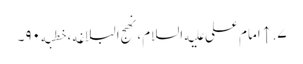
۷. ↑ امام علی علیه‌السلام، نهج البلاغه، خطبه۹۰۔